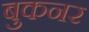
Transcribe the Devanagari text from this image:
बुकनर